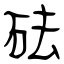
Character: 砝